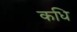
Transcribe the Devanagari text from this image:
कधि